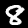
Label: 8